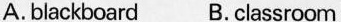
A.blackboard B. classroom